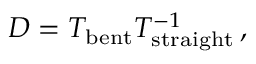
D = T _ { \mathrm { b e n t } } T _ { \mathrm { s t r a i g h t } } ^ { - 1 } \, ,